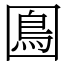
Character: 𡈙